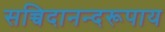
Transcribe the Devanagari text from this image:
सच्चिदानन्दरूपाय